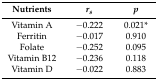
<table><thead><tr><td><b>Nutrients</b></td><td><b><i>r<sub>s</sub></i></b></td><td><b><i>p</i></b></td></tr></thead><tbody><tr><td>Vitamin A</td><td>−0.222</td><td>0.021*</td></tr><tr><td>Ferritin</td><td>−0.017</td><td>0.910</td></tr><tr><td>Folate</td><td>−0.252</td><td>0.095</td></tr><tr><td>Vitamin B12</td><td>−0.236</td><td>0.118</td></tr><tr><td>Vitamin D</td><td>−0.022</td><td>0.883</td></tr></tbody></table>